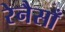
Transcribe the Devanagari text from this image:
रेनैसाँ